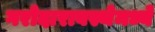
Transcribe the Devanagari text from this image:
गरोदारावस्थेमध्ये